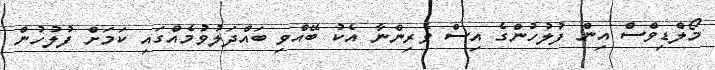
މޯލްޑިވްސް އިން ފުލުހުންގެ އިސް ވެރިންނާ އެކު ބޭއްވި ބައްދަލުވުމެއްގައި ކަމަށް ފުލުހުން